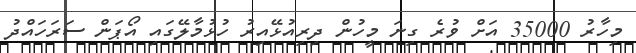
މިހާރު 35000 އަށް ވުރެ ގިނަ މީހުން ދިރިއުޅޭއިރު ހުޅުމާލޭގައި އޯޕަން ސަރަހައްދު